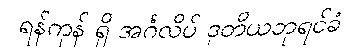
ရန်ကုန် ရှိ အင်္ဂလိပ် ဒုတိယဘုရင်ခံ